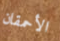
الأحمقان